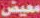
معيض